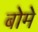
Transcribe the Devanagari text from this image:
बोमे